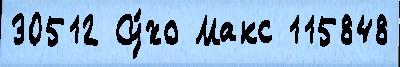
30512 Су́хо Макс 115848